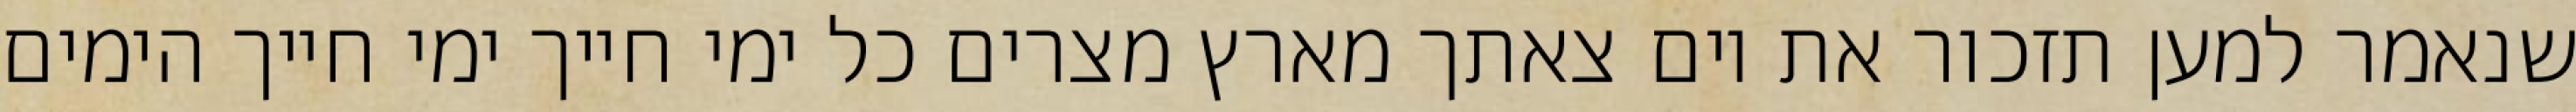
שנאמר למען תזכור את יום צאתך מארץ מצרים כל ימי חייך ימי חייך הימים